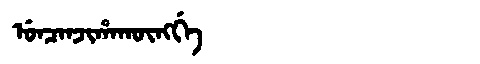
Manchu: ᡠᠨᠴᠠᠨᠵᡳᡥᠠᡴᡡᠩᡤᡝ
Romanization: UNCANJIHAKŪNGGE